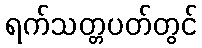
ရက်သတ္တပတ်တွင်